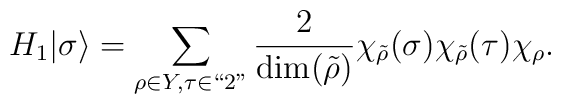
H_1 |\sigma\rangle =  \sum_{\rho\in Y, \tau \in ``2"}{2\over \dim(\tilde \rho)}\chi_{\tilde\rho}(\sigma) \chi_{\tilde\rho}(\tau) \chi_\rho  .